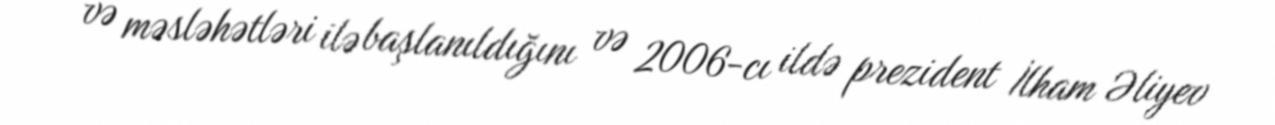
və məsləhətləri ilə başlanıldığını və 2006-cı ildə prezident İlham Əliyev